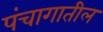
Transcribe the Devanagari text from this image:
पंचागातील